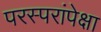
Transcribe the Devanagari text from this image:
परस्परांपेक्षा